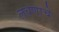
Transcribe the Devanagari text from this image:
लवणाचे